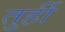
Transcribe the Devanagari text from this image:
तुर्ही